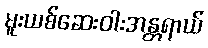
မူးယစ်ဆေးဝါးအန္တရာယ်